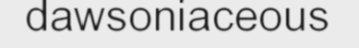
dawsoniaceous